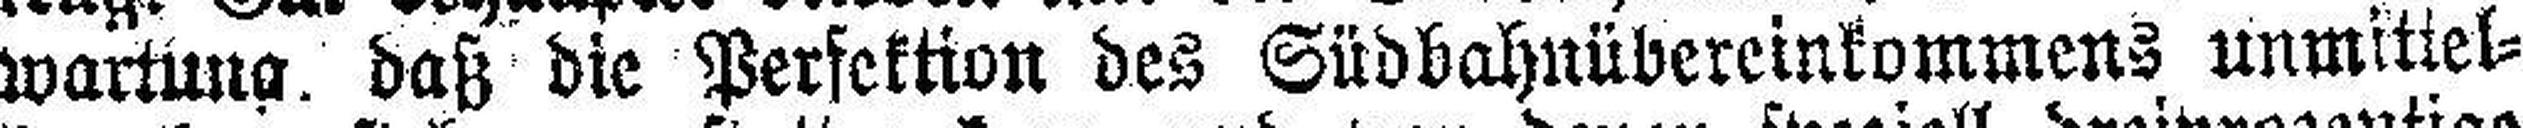
wartung, daß die Perfektion des Südbahnübereinkommens unmittel¬